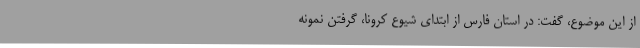
از این موضوع، گفت: در استان فارس از ابتدای شیوع کرونا، گرفتن نمونه